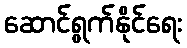
ဆောင်ရွက်နိုင်ရေး